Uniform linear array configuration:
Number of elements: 64
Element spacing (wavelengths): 0.25
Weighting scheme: hamming
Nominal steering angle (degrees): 0
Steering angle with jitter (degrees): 0.9151
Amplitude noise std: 0.05
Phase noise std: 0.05

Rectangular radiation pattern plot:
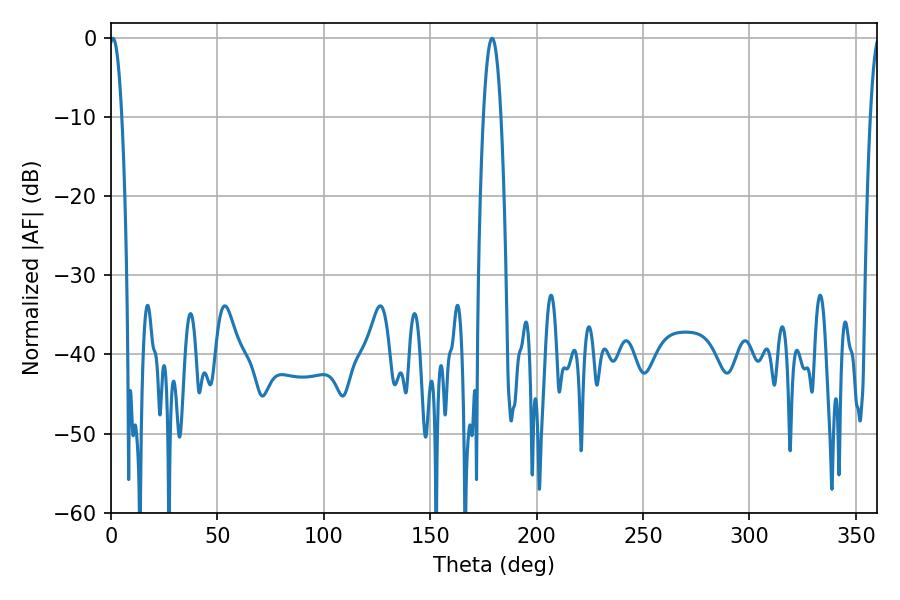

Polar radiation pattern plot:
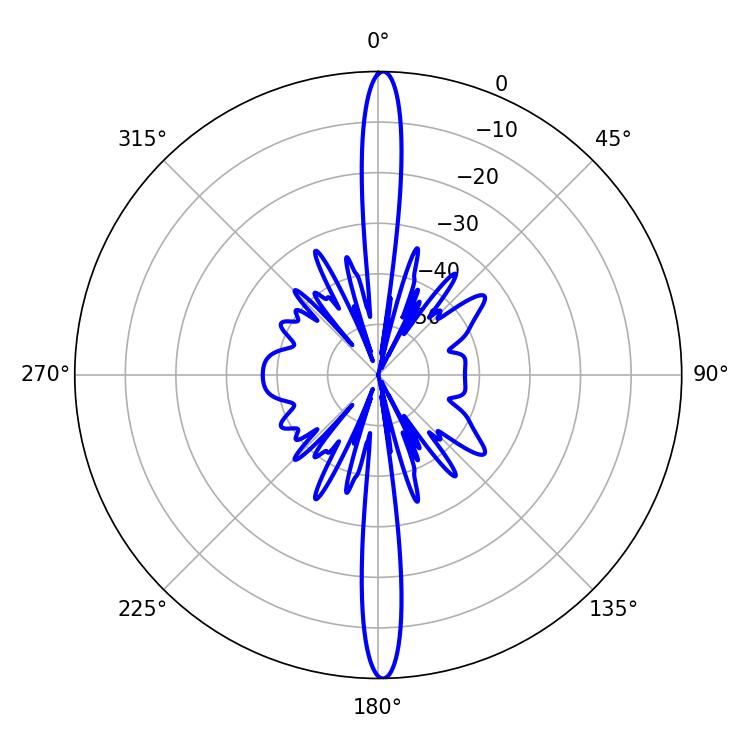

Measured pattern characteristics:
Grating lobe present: FALSE
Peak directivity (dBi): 28.652
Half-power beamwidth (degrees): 3.24
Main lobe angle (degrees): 0.9